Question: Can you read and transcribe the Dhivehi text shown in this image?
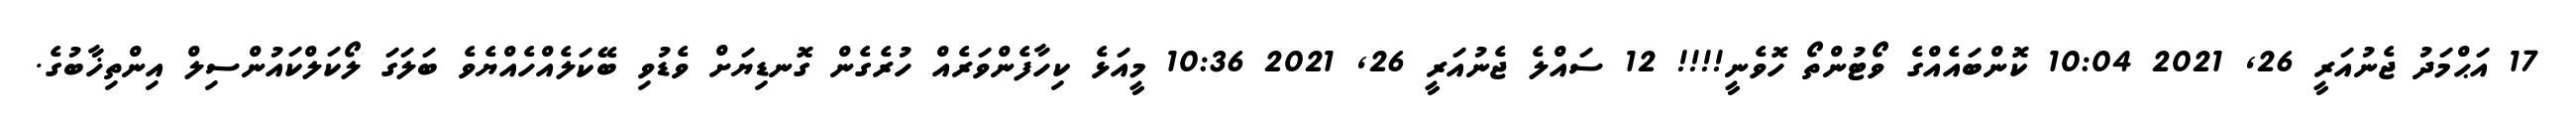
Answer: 17 އަޙްމަދު ޖެނުއަރީ 26, 2021 10:04 ކޮންބައެއްގެ ވޯޓުންތޯ ހޮވެނީ!!!! 12 ސައްލެ ޖެނުއަރީ 26, 2021 10:36 މީއަޅެ ކިހާފެންވަރެއް ހުރެގެން ގޮނޑިޔަށް ވެޑުވި ބޭކަލެއްހެއްޔެވެ ބަލަގަ ލޯކަލްކައުންސިލް އިންތިޚާބުގެ.